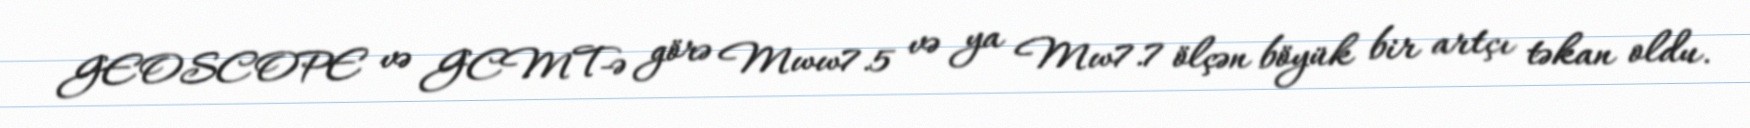
GEOSCOPE və GCMT-ə görə Mww7.5 və ya Mw7.7 ölçən böyük bir artçı təkan oldu.